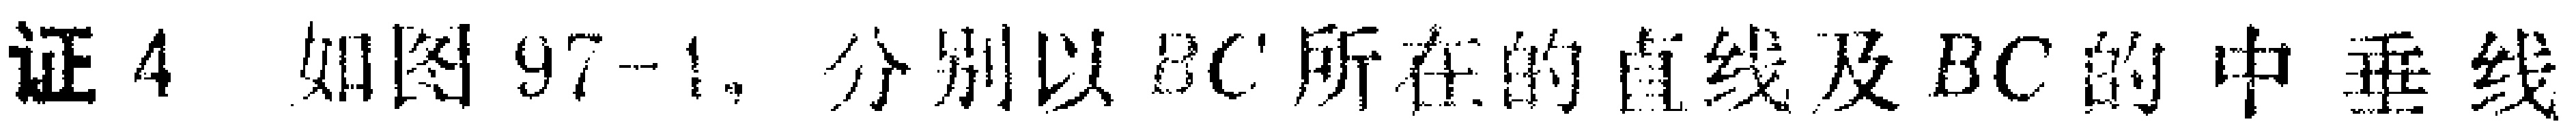
证4 如图97 - 1, 分别以BC所在的直线及BC的中垂线